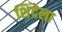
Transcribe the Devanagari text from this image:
शिंदेला